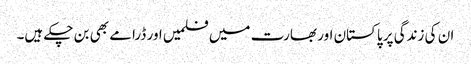
ان کی زندگی پر پاکستان اور بھارت میں فلمیں اور ڈرامے بھی بن چکے ہیں۔